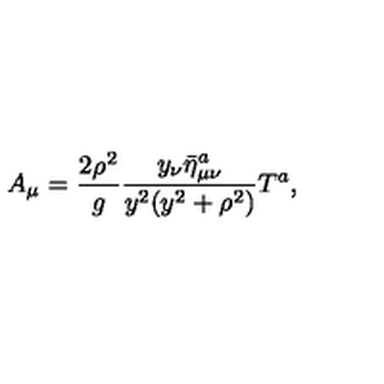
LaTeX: A _ { \mu } = \frac { 2 \rho ^ { 2 } } { g } \frac { y _ { \nu } \bar { \eta } _ { \mu \nu } ^ { a } } { y ^ { 2 } ( y ^ { 2 } + \rho ^ { 2 } ) } T ^ { a } ,